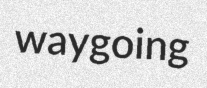
waygoing